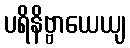
ပရိနိဗ္ဗာယေယျ